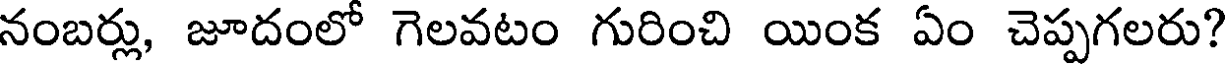
నంబర్లు, జూదంలో గెలవటం గురించి యింక ఏం చెప్పగలరు?